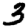
Digit: 3